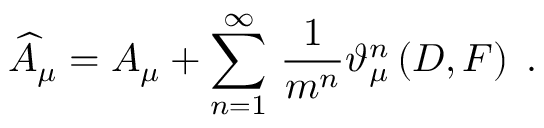
\widehat { A } _ { \mu } = A _ { \mu } + \sum _ { n = 1 } ^ { \infty } \, \frac 1 { m ^ { n } } \vartheta _ { \mu } ^ { n } \left( D , F \right) \; .